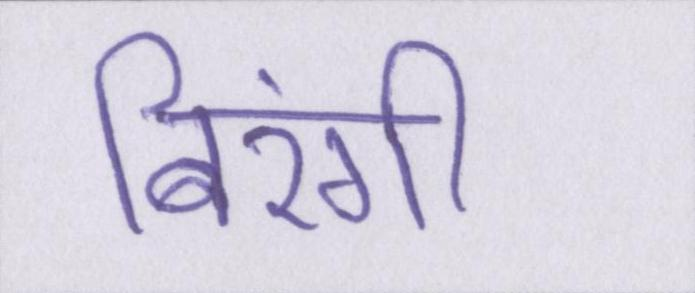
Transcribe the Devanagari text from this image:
बिरंगी